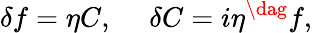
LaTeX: \delta f=\eta C,~~~~~\delta C=i\eta^{\dag}f,